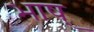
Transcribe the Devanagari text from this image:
भाष्